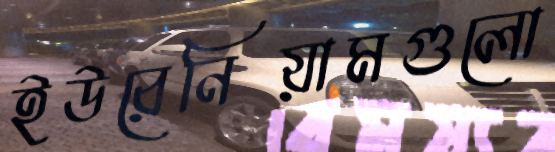
ইউরেনিয়ামগুলো